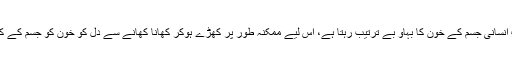
ماہرین کا کہنا تھا کہ کھڑے ہوکر کھانا کھاتے وقت انسانی جسم کے خون کا بہاؤ بے ترتیب رہتا ہے، اس لیے ممکنہ طور پر کھڑے ہوکر کھانا کھانے سے دل کو خون کو جسم کے کئی حصوں میں پہنچانے میں مشکل پیش آ سکتی ہے۔